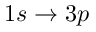
1 s \rightarrow 3 p